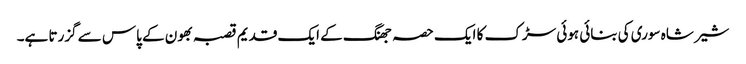
شیر شاہ سوری کی بنائی ہوئی سڑک کا ایک حصہ جھنگ کے ایک قدیم قصبہ بھون کے پاس سے گزرتا ہے۔